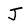
Character: J